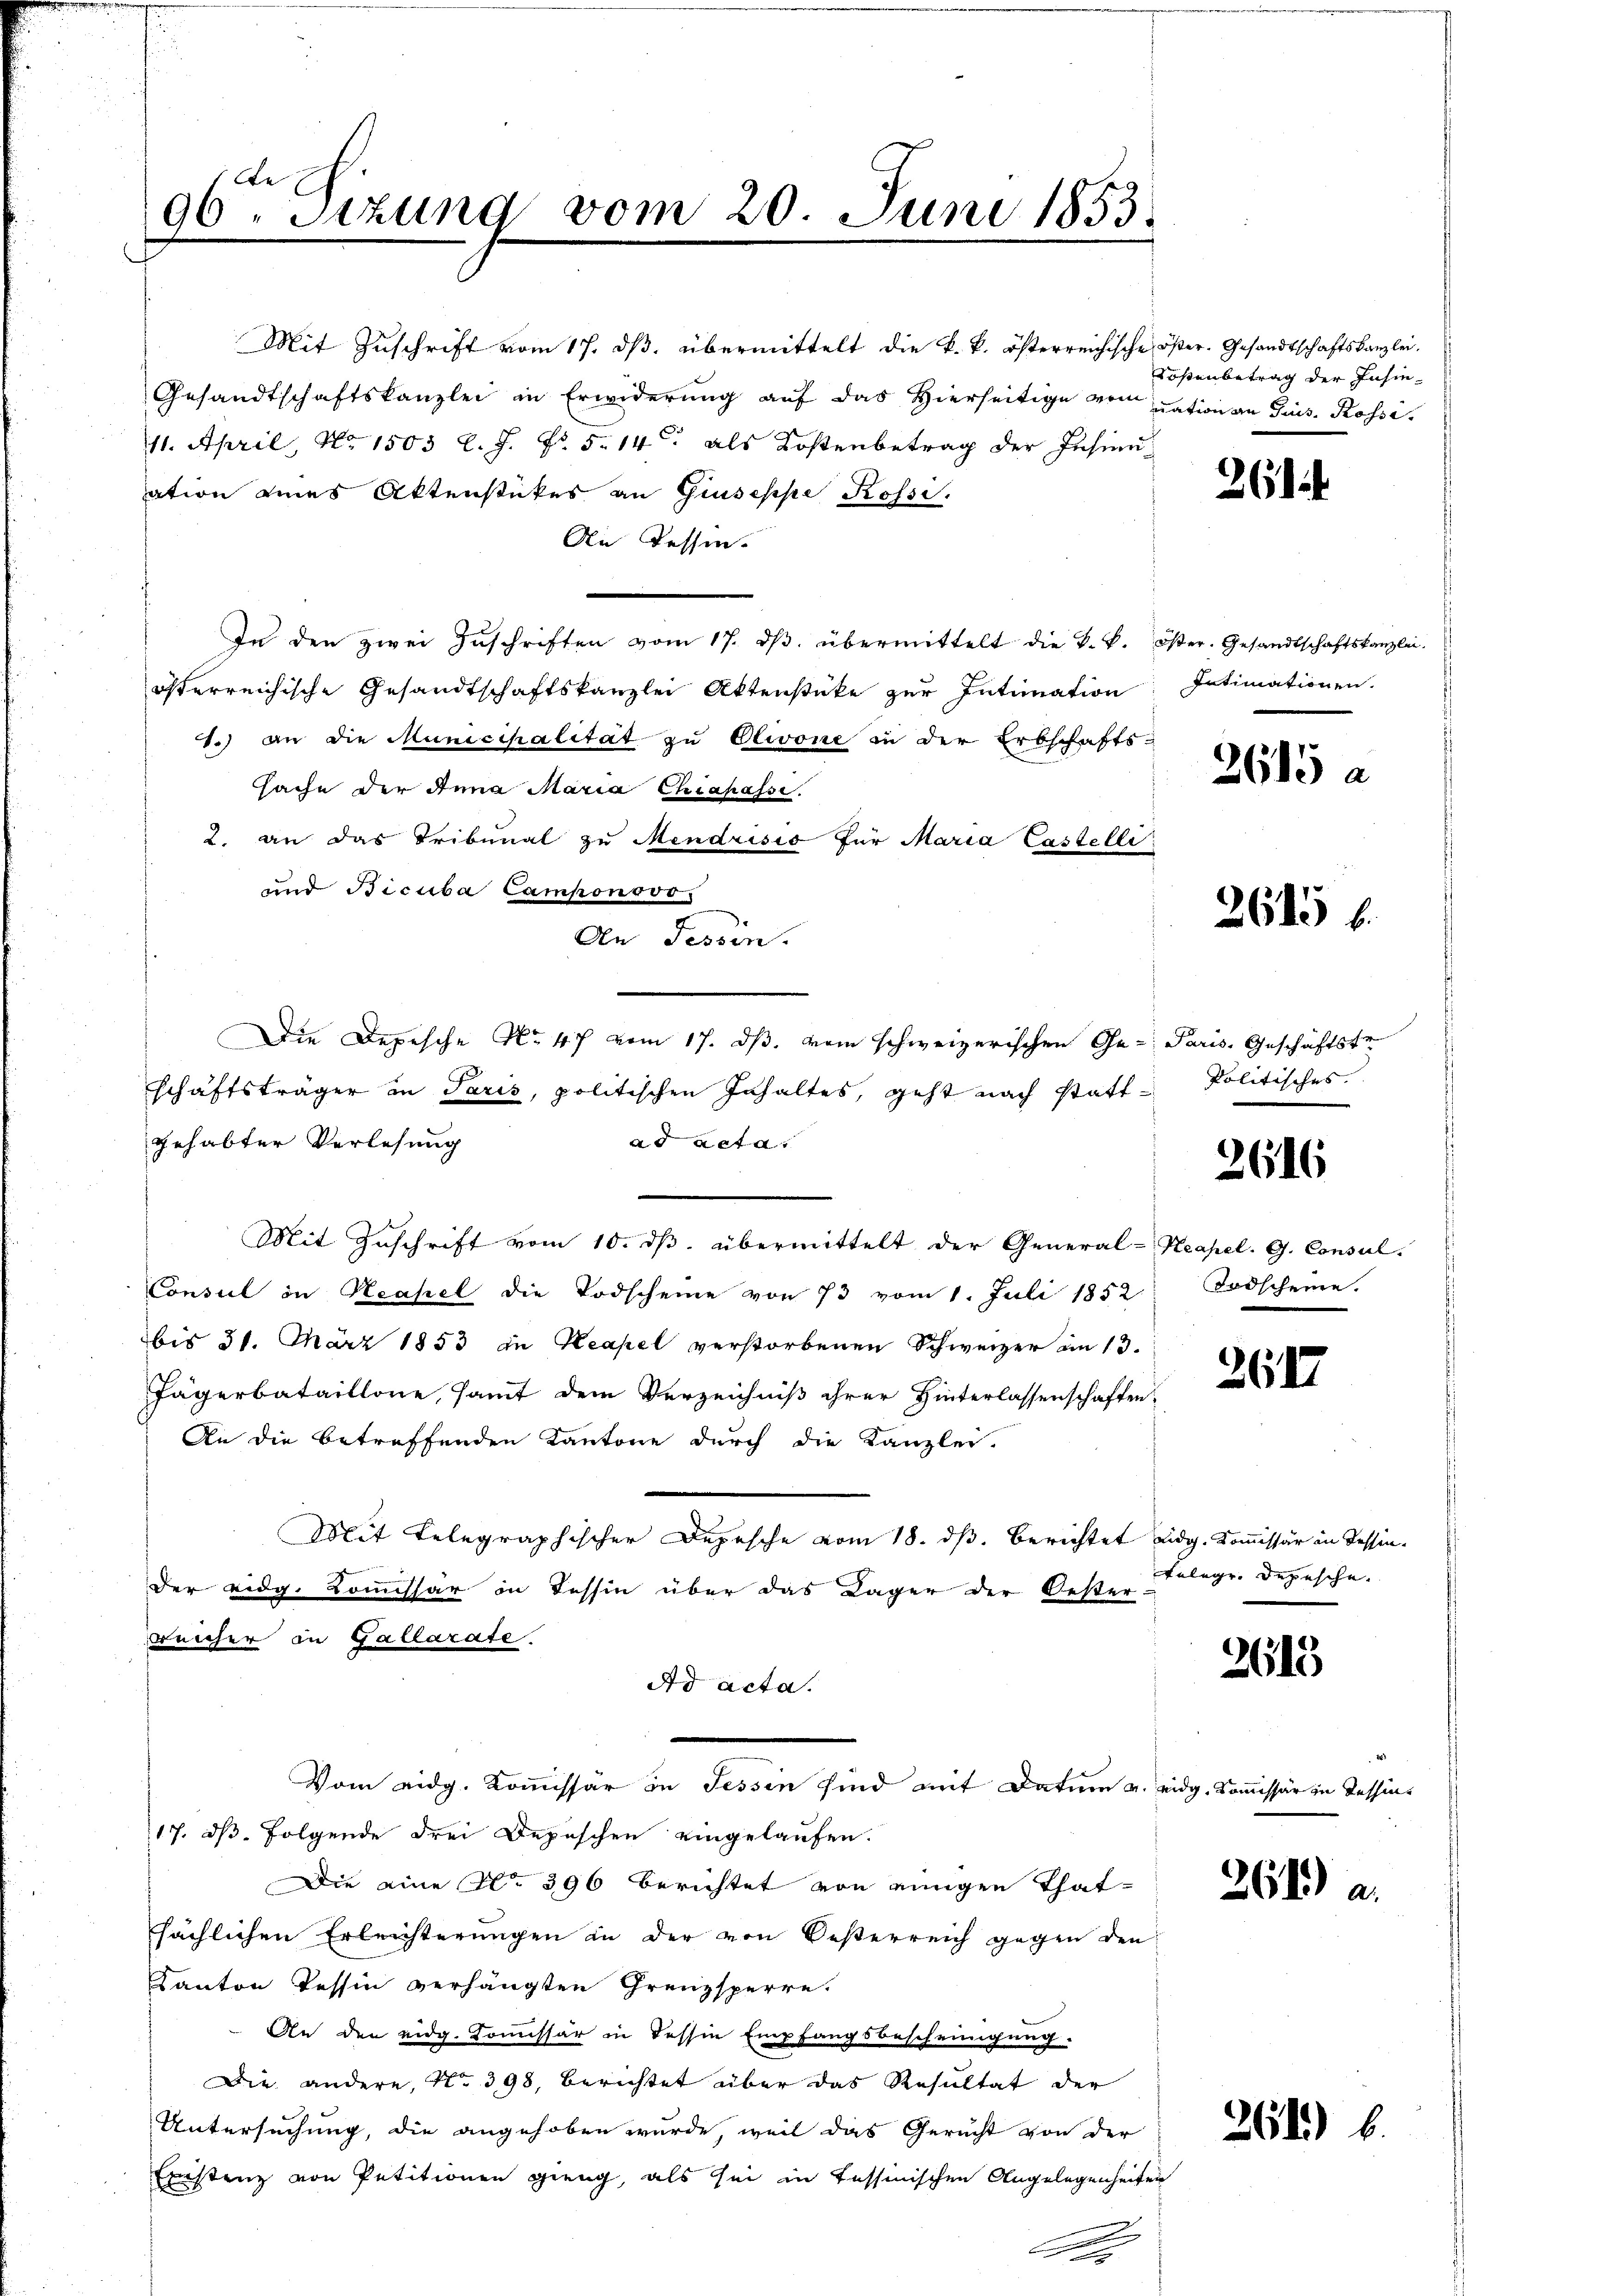
96. Sitzung vom 20. Juni 1853.

Mit Zuschrift vom 17. ds. übermittelt die k. k. österreichische öster. Gesandtschaftskanzlei.
Gesandtschaftskanzlei in Erwiderŭng aŭf das hierseitige von nation an Grus. Rosse
11. April, No 1503 l. J. No. 5. 14. als Kostenbetrag der Insinuation eines Aktenstückes an Giuseppe Rossi.
An Tessin.
In den zwei Zŭschriften vom 17. dβ. übermittelt die k. k. öster. Gesandtschaftskanzlei.
österreichische Gesandtschaftskanzlei Aktenstücke zur Intimation
1.) an die Municipalität zu Olivone in der Erbschafts-
sache der Anna Maria Chiapassi
2. an das Tribunal zu Mendrisio für Maria Castelli
und Bicuba Camponsvo
An Tessin.
Die Depesche No 47 vom 17. ds. vom schweizerischen Ge- Paris. Geschäftste
schäftsträger in Paris, politischen Inhaltes, geht nach statt-Politisches
gehabter Verlesung
ad acta
Mit Zuschrift vom 10. dβ. übermittelt der General-Neapel. G. Consul-
Consul in Neapel die Todscheine von 73 vom 1. Juli 1852
bis 31. März 1853 in Keapel verstorbenen Schweizer am 13.
Jägerbataillone, samt dem Verzeichniß ihrer Hinterlassenschaften:
An die betreffenden Kantone durch die Kanzlei-
Mit Telegraphischer Depesche vom 18. dß. Berichtet eidg. Kommissär in Tessin¬
Der eidg. Kommissär in Tessin über das Lager der Oester-
weicher in Gallarate.
Ad acta.
Vom eidg. Kommissär in Tessin sind mit Datum u. eidg. Kommissär in Tessins
17. ds. folgende drei Depeschen eingelaufen.
Die eine No 396 Berichtet von einigen Thatsächlichen Erleichterungen in der von Oesterreich gegen den
Kanton Tessin verhängten Grenzsperre.
An den eidg. Kommissär in Tessin Empfangsbescheinigung.
Die andere, No 398, Berichtet über das Resultat der
Untersuchung, die angehoben wurde, weil das Gericht von der
Existenz von Petitionen gieng, als sei in Tessinischen Angelegenheiten

Sößenbetrag der Insin

x

261

Intimationen.

2615 a

2615 f.

2616

Todscheine.

3617

Telegr. Depesche.

2615

264) a.

264) b